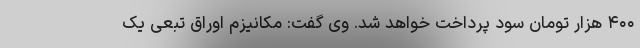
۴۰۰ هزار تومان سود پرداخت خواهد شد. وی گفت: مکانیزم اوراق تبعی یک